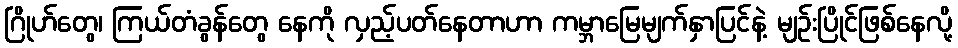
ဂြိုဟ်တွေ၊ ကြယ်တံခွန်တွေ နေကို လှည့်ပတ်နေတာဟာ ကမ္ဘာမြေမျက်နှာပြင်နဲ့ မျဉ်းပြိုင်ဖြစ်နေလို့